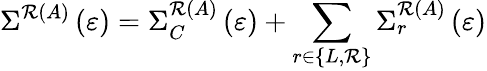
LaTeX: {{\Sigma}}^{\mathcal{R}\left(A\right)}\left({\varepsilon}\right)={{\Sigma}}_{C}^{\mathcal{R}\left(A\right)}\left({\varepsilon}\right)+\sum_{r{\in}\left\{ L,\mathcal{R}\right\} }{{{\Sigma}}_{r}^{\mathcal{R}\left(A\right)}\left({\varepsilon}\right)}